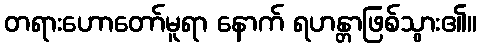
တရားဟောတော်မူရာ နောက် ရဟန္တာဖြစ်သွား၏။